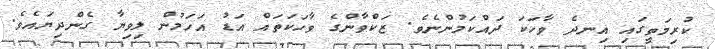
ކުރިމަތީގައި އިނދެ ވާހަކަ ދައްކަމުންނެވެ. ޒަކްވާންގެ ވާހަކަތައް އަޑު އަހަމުން ލިވިޔާ ގެންދިޔައެވެ.